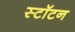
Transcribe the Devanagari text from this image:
स्टॉटन